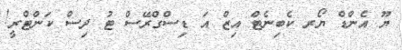
ޔޫ އެންޑް ޔޯރ ކެބިނެޓް އިޒް އަ ޑިސްގްރޭސް ޓު ދިސް ކަންޓްރީ!